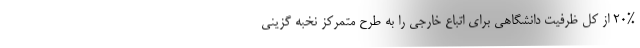
۲۰% از کل ظرفیت دانشگاهی برای اتباع خارجی را به طرح متمرکز نخبه گزینی